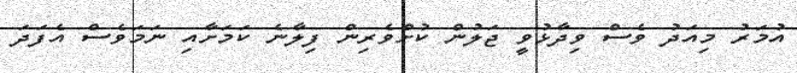
އުމަރު މިއަދު ވެސް ވިދާޅުވީ ޖަލުން ކުށްވެރިން ފިލާނެ ކަމަށާއި ނަމަވެސް އެފަދަ